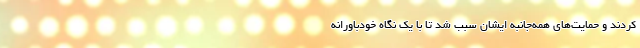
کردند و حمایت‌های همه‌جانبه ایشان سبب شد تا با یک نگاه خودباورانه